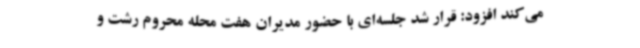
می‌کند افزود: قرار شد جلسه‌ای با حضور مدیران هفت محله محروم رشت و